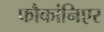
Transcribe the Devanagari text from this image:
फौकांनिएर